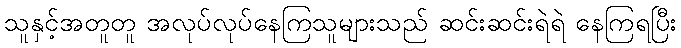
သူနှင့်အတူတူ အလုပ်လုပ်နေကြသူများသည် ဆင်းဆင်းရဲရဲ နေကြရပြီး